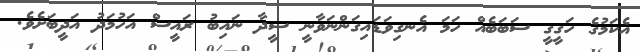
އެކަމުގެ ހަގީގީ ސަބަބެއް ހަމަ އެނގިވަޑައިގަންނަވާނީ ސީދާ ނައިބު ރައީސް އަހުމަދު އަދީބަށެވެ.